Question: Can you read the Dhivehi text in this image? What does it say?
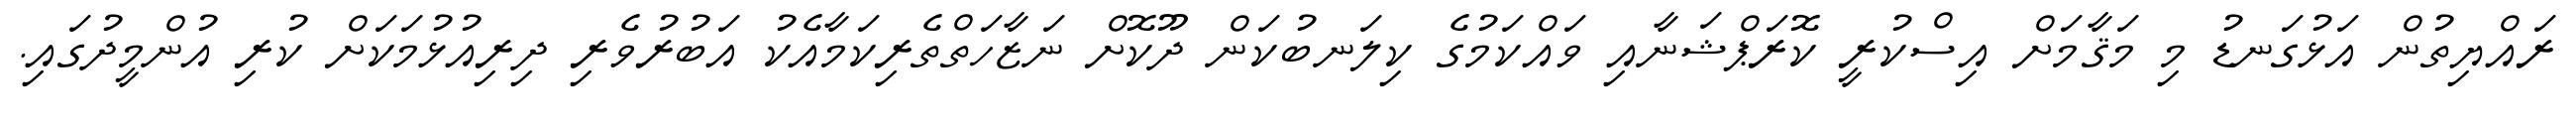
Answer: ރައްޔިތުން އަޅުގަނޑު މި މަޤާމަށް އިސްކުރީ ކޮރަޕްޝަނާއި ވައްކަމުގެ ކިލަނބުކަން ދޫކޮށް ނަޒާހަތްތެރިކަމާއެކު އަބުރުވެރި ދިރިއުޅުމަކަށް ކުރި އުންމީދުގައި.